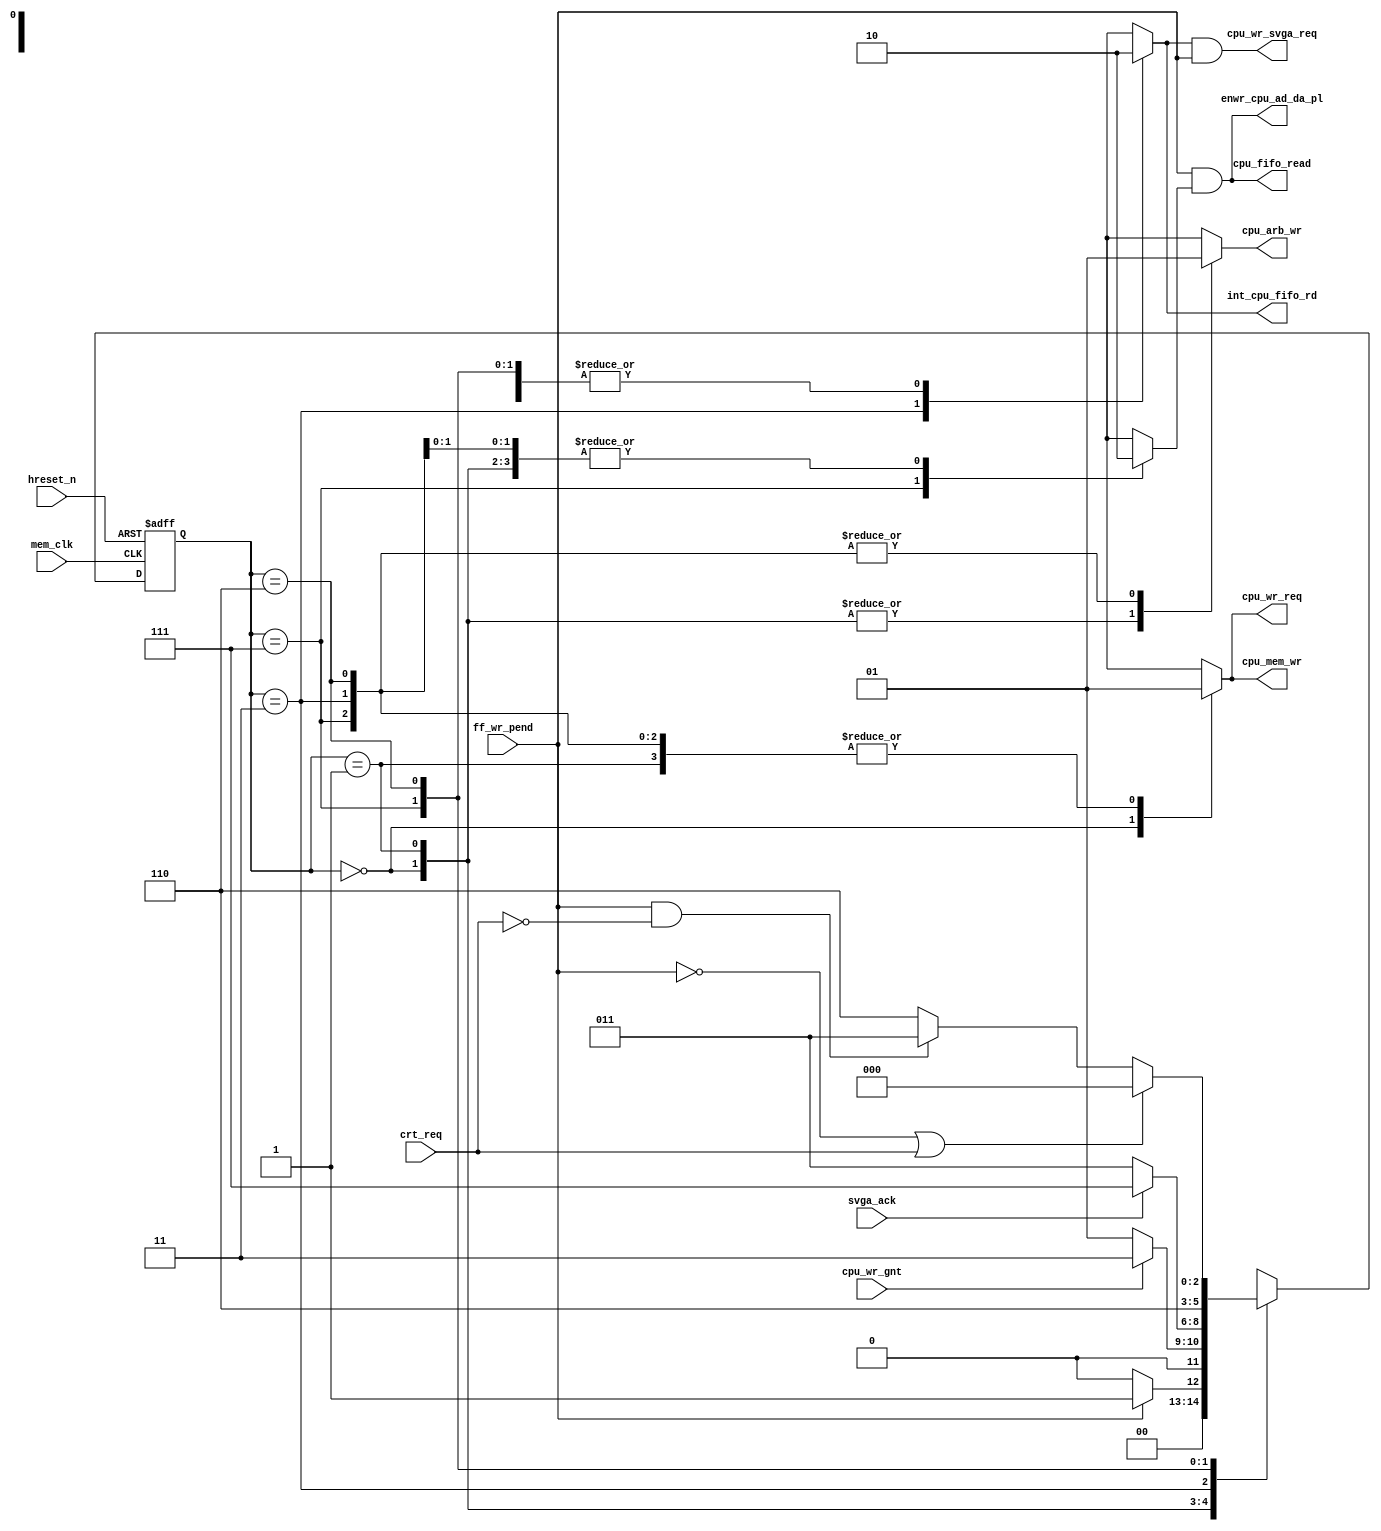
module sm_cpuwr 
  (
   input        ff_wr_pend,
   input        hreset_n,
   input        cpu_wr_gnt,
   input        crt_req,
   input        svga_ack,
   input        mem_clk,

   output reg   cpu_wr_req,        	 
   output       cpu_wr_svga_req,   	 
   output       enwr_cpu_ad_da_pl, 	 
   output       cpu_fifo_read,     	 
   output reg   int_cpu_fifo_rd,
   output       cpu_mem_wr,					  
   output reg   cpu_arb_wr
//   output [2:0] probe
   );
  
  reg [2:0]    current_state;
  reg [2:0]    next_state;
  reg          en_cpu_fifo_read;
  reg          wen;
  reg          int_cpu_wr_svga_req;
  
  wire         t32;
  wire         t34;

//  assign       probe = current_state;
  
  parameter    cpuwr_state0 = 3'b000,
      	       cpuwr_state1 = 3'b001,
	       cpuwr_state2 = 3'b011,
	       cpuwr_state3 = 3'b111,
	       cpuwr_state4 = 3'b110;
  
  assign       t32 = (ff_wr_pend & (~crt_req));
  assign       t34 = ((~ff_wr_pend) | crt_req);
    
  //
  //   Yes both the logic is same but different outputs
  //
  
  assign       cpu_fifo_read = ff_wr_pend & en_cpu_fifo_read;  
  assign       enwr_cpu_ad_da_pl = ff_wr_pend & en_cpu_fifo_read;
  assign       cpu_wr_svga_req  = int_cpu_wr_svga_req & ff_wr_pend;
  
  assign       cpu_mem_wr = cpu_wr_req;
    
  always @ (posedge mem_clk or negedge hreset_n) begin
    if (hreset_n == 0) current_state = cpuwr_state0;
    else               current_state = next_state;
  end
   
  always @* begin
    cpu_wr_req           = 1'b0;
    int_cpu_wr_svga_req  = 1'b0;
    int_cpu_fifo_rd      = 1'b0;
    en_cpu_fifo_read     = 1'b0;
    cpu_arb_wr           = 1'b0;
	 
    case(current_state) // synopsys parallel_case full_case 
      cpuwr_state0: next_state = (ff_wr_pend) ? cpuwr_state1 : cpuwr_state0;
      cpuwr_state1: begin
	cpu_wr_req = 1'b1;          // At state1, cpu_wr_req is active.
	next_state = (cpu_wr_gnt) ? cpuwr_state2 : cpuwr_state1;
      end
      cpuwr_state2: begin
	cpu_arb_wr = 1'b1;
	cpu_wr_req = 1'b1;
	int_cpu_wr_svga_req = 1'b1; // At state2, cpu_wr_svga_req is active.
	int_cpu_fifo_rd = 1'b1;     // At state2, int_cpu_fifo_r is  active.
	if (svga_ack)
	  next_state = cpuwr_state3;
	else
	  next_state = cpuwr_state2;
      end
      cpuwr_state3: begin
	cpu_wr_req = 1'b1;
	cpu_arb_wr = 1'b1;
	en_cpu_fifo_read = 1'b1;
        next_state = cpuwr_state4;
      end
      cpuwr_state4: begin
	cpu_wr_req = 1'b1;
	cpu_arb_wr = 1'b1;
	if (t34)      next_state = cpuwr_state0;
	else if (t32) next_state = cpuwr_state2;
	else          next_state = cpuwr_state4;
      end
    endcase
  end   

endmodule